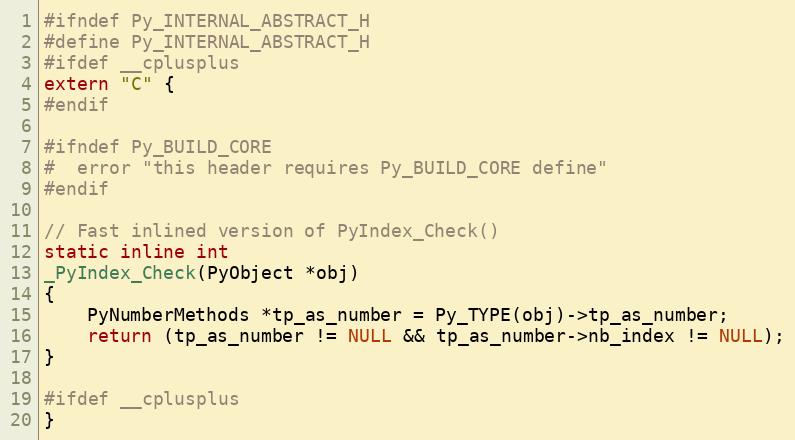
Language: C
#ifndef Py_INTERNAL_ABSTRACT_H
#define Py_INTERNAL_ABSTRACT_H
#ifdef __cplusplus
extern "C" {
#endif

#ifndef Py_BUILD_CORE
#  error "this header requires Py_BUILD_CORE define"
#endif

// Fast inlined version of PyIndex_Check()
static inline int
_PyIndex_Check(PyObject *obj)
{
    PyNumberMethods *tp_as_number = Py_TYPE(obj)->tp_as_number;
    return (tp_as_number != NULL && tp_as_number->nb_index != NULL);
}

#ifdef __cplusplus
}